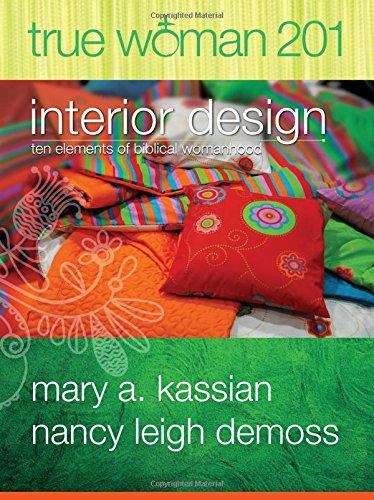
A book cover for True Woman 201: Interior Design - Ten Elements of Biblical Womanhood (True Woman); Mary A. Kassian; Arts & Photography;